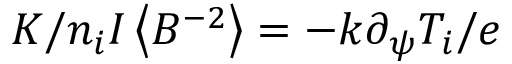
K / n _ { i } I \left\langle { B ^ { - 2 } } \right\rangle = - k \partial _ { \psi } T _ { i } / e